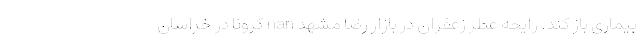
بیماری باز کند. رایحه عطر زعفران در بازار رضا مشهد nan کرونا در خراسان